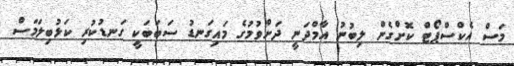
މަސް އެކްސްޕޯޓް ކޮށްގެން ލިބުނު އާމްދަނީ ދަށްވުމުގެ މައިގަނޑު ސަބަބަކީ ގަނޑުކުރި ކަޅުބިލަމަސް